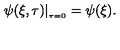
\psi ( \xi , \tau ) | _ { _ { \tau = 0 } } = \psi ( \xi ) .